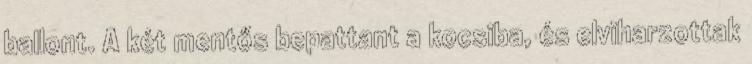
ballont. A két mentős bepattant a kocsiba, és elviharzottak